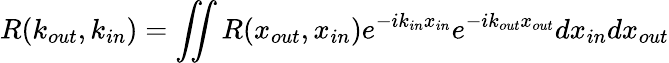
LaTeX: R(k_{out},k_{in})=\iint{R(x_{out},x_{in})e^{-ik_{in}x_{in}}e^{-ik_{out}x_{out}}dx_{in}dx_{out}}